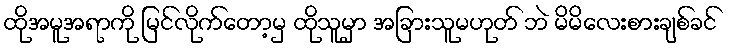
ထိုအမူအရာကို မြင်လိုက်တော့မှ ထိုသူမှာ အခြားသူမဟုတ် ဘဲ မိမိလေးစားချစ်ခင်